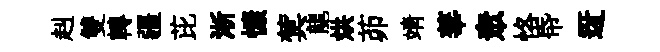
赳雙轉疆芘淅慷蓂龍烘茆靖華衆恪帋迓